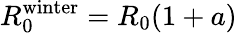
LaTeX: R_{0}^{\mathrm{winter}}=R_{0}(1+a)